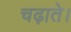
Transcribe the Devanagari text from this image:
चढ़ाते।